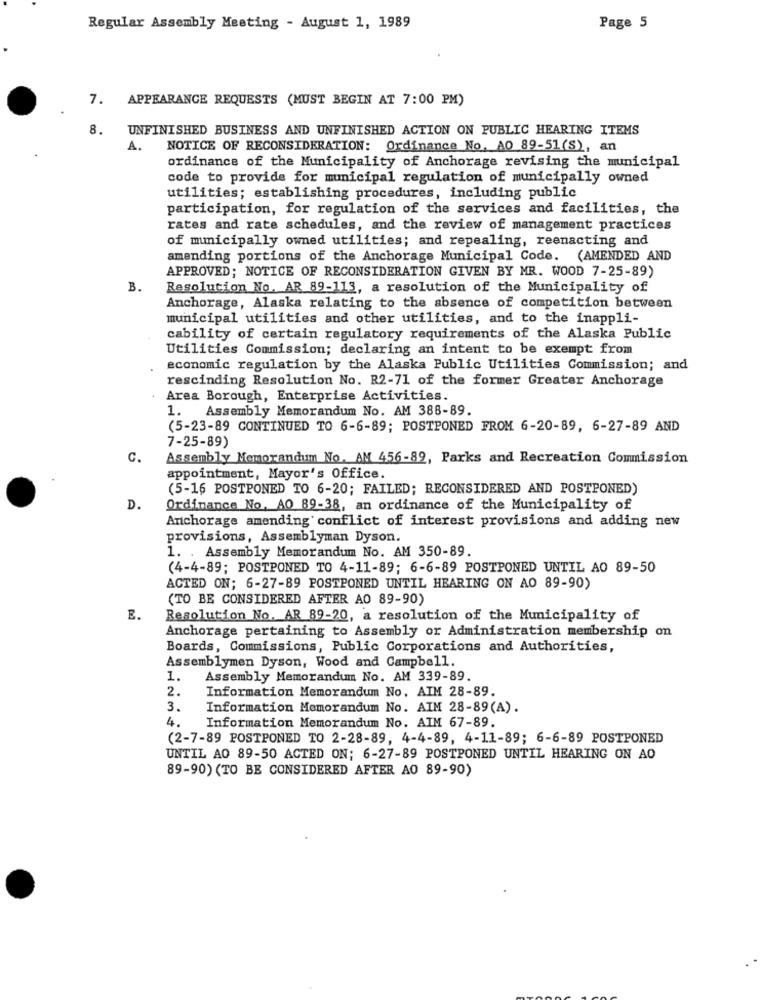
Regular Assembly Meeting - August 1, 1989
Page 5
7.
APPEARANCE REQUESTS (MUST BEGIN AT 7:00 PM)
8.
UNFINISHED BUSINESS AND UNFINISHED ACTION ON PUBLIC HEARING ITEMS
A.
NOTICE OF RECONSIDERATION: Ordinance No. AO 89-51(S), an
ordinance of the Municipality of Anchorage revising the municipal
code to provide for municipal regulation of municipally owned
utilities; establishing procedures, including public
participation, for regulation of the services and facilities, the
rates and rate schedules, and the review of management practices
of municipally owned utilities; and repealing, reenacting and
amending portions of the Anchorage Municipal Code. (AMENDED AND
APPROVED; NOTICE OF RECONSIDERATION GIVEN BY MR. WOOD 7-25-89)
B.
Resolution No. AR 89-113, a resolution of the Municipality of
Anchorage, Alaska relating to the absence of competition between
municipal utilities and other utilities, and to the inappli-
cability of certain regulatory requirements of the Alaska Public
Utilities Commission; declaring an intent to be exempt from
economic regulation by the Alaska Public Utilities Commission; and
rescinding Resolution No. R2-71 of the former Greater Anchorage
Area Borough, Enterprise Activities.
1. Assembly Memorandum No. AM 388-89.
(5-23-89 CONTINUED TO 6-6-89; POSTPONED FROM 6-20-89, 6-27-89 AND
7-25-89)
C.
Assembly Memorandum No. AM 456-89, Parks and Recreation Commission
appointment, Mayor's Office.
(5-16 POSTPONED TO 6-20; FAILED; RECONSIDERED AND POSTPONED)
D.
Ordinance No, AO 89-38, an ordinance of the Municipality of
Anchorage amending conflict of interest provisions and adding new
provisions, Assemblyman Dyson.
1. . Assembly Memorandum No. AM 350-89.
(4-4-89; POSTPONED TO 4-11-89; 6-6-89 POSTPONED UNTIL AO 89-50
ACTED ON; 6-27-89 POSTPONED UNTIL HEARING ON AO 89-90)
(TO BE CONSIDERED AFTER AO 89-90)
E.
Resolution No. AR 89-20, a resolution of the Municipality of
Anchorage pertaining to Assembly or Administration membership on
Boards, Commissions, Public Corporations and Authorities,
Assemblymen Dyson, Wood and Campbell.
1.
Assembly Memorandum No. AM 339-89.
2.
Information Memorandum No, AIM 28-89.
3.
Information Memorandum No. AIM 28-89(A).
4.
Information Memorandum No. AIM 67-89.
(2-7-89 POSTPONED TO 2-28-89, 4-4-89, 4-11-89; 6-6-89 POSTPONED
UNTIL AO 89-50 ACTED ON; 6-27-89 POSTPONED UNTIL HEARING ON AO
89-90) (TO BE CONSIDERED AFTER AO 89-90)